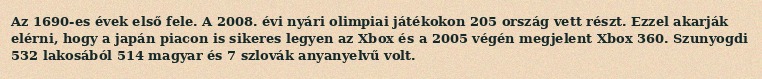
Az 1690-es évek első fele. A 2008. évi nyári olimpiai játékokon 205 ország vett részt. Ezzel akarják elérni, hogy a japán piacon is sikeres legyen az Xbox és a 2005 végén megjelent Xbox 360. Szunyogdi 532 lakosából 514 magyar és 7 szlovák anyanyelvű volt.